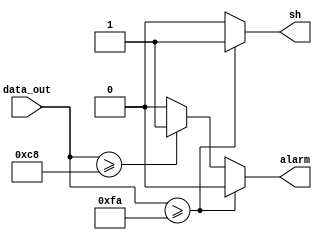
module check_temp (sh,alarm,data_out);  
  input [7:0]data_out;
  output reg alarm;
  output reg sh;

// check the temperature 
  always @ (data_out)
  begin 
              if (data_out>=250)
                begin
                 alarm=0;    //alarm for high temp
                 sh=1;
               end
              else if (data_out>=200)
                begin
                  sh =0;    //shutdown
                  alarm=1;
                end
              else
                begin
                  alarm=0;
                  sh=0;
                end
  end
endmodule